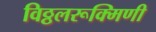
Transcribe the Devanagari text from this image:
विठ्ठलरूक्मिणी